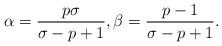
LaTeX: \begin{align*} \alpha=\frac{p\sigma}{\sigma-p+1}, \beta=\frac{p-1}{\sigma-p+1}. \end{align*}